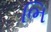
ભિ